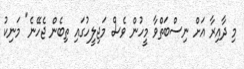
މި ދާއިރާ އަށް ނިސްބަތްވާ މީހުން ވެސް މަޖިލީހުގައި ތިބެން ޖެހޭނެ" މަނިކު